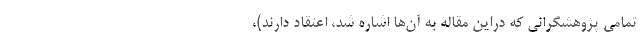
تمامی پژوهشگرانی که دراین مقاله به آن‌ها اشاره شد، اعتقاد دارند)،